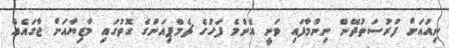
ނިއުއަށް ފުރުސަތުދޭން ނިންމާފައި ވަނީ އެންމެ ފަހުގެ ޗެމްޕިއަންގެ ގޮތުގައި މާޒިޔާއަށް ޖާގައެއް